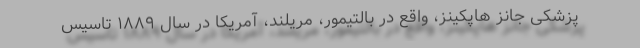
پزشکی جانز هاپکینز، واقع در بالتیمور، مریلند، آمریکا در سال ۱۸۸۹ تاسیس